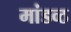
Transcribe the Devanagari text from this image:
मांडव्ठ